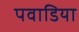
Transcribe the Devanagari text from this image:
पवाडिया